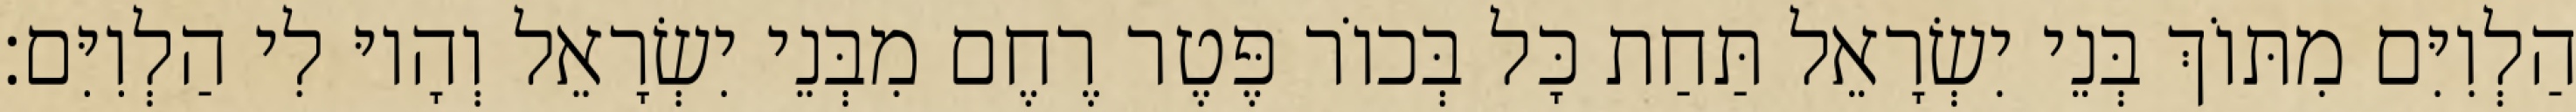
הַלְוִיִּם מִתּוֹךְ בְּנֵי יִשְׂרָאֵל תַּחַת כָּל בְּכוֹר פֶּטֶר רֶחֶם מִבְּנֵי יִשְׂרָאֵל וְהָיוּ לִי הַלְוִיִּם׃